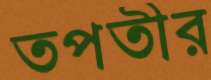
তপতীর